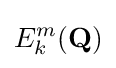
E_{k}^{m}({\mathbf {Q} })